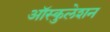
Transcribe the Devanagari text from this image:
ऑस्कुलेशन